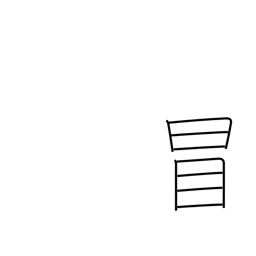
Meaning: dare